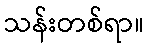
သန်းတစ်ရာ။